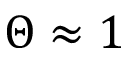
\Theta \approx 1